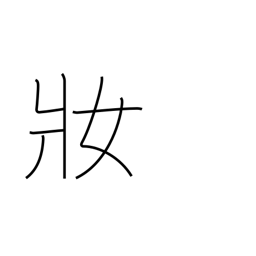
Meaning: dress up